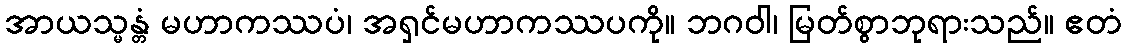
အာယသ္မန္တံ မဟာကဿပံ၊ အရှင်မဟာကဿပကို။ ဘဂဝါ၊ မြတ်စွာဘုရားသည်။ ဧတံ